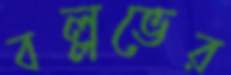
বল্লভের